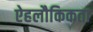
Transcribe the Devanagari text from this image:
ऐहलौकिकता